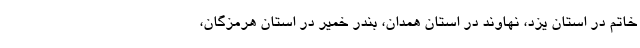
خاتم در استان یزد، نهاوند در استان همدان، بندر خمیر در استان هرمزگان،